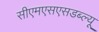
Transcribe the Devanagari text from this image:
सीएमएसएसडब्ल्यू